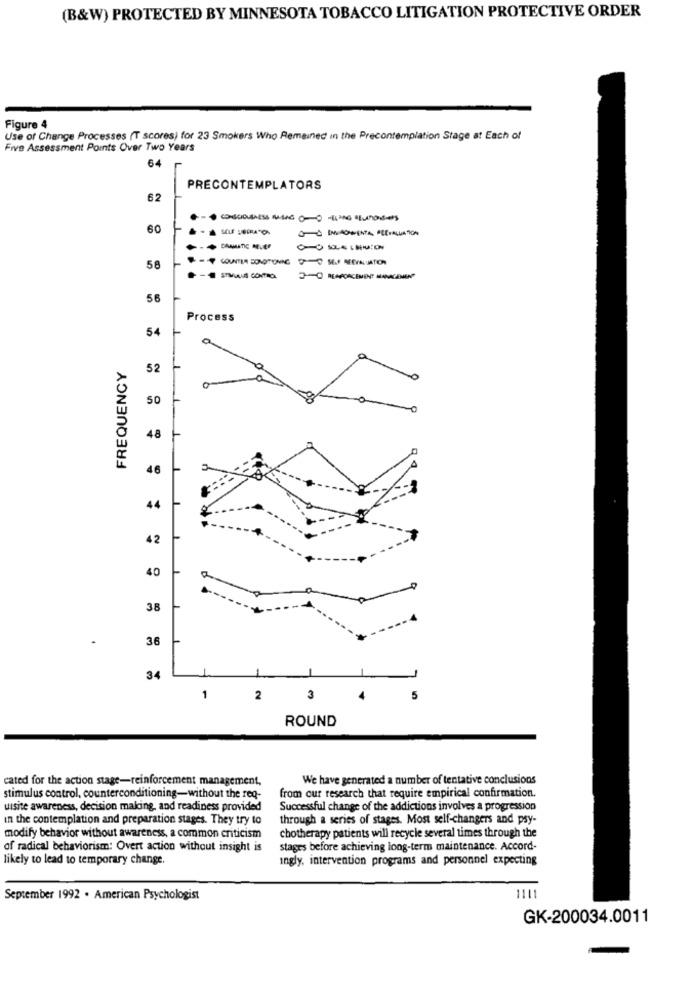
(B&W) PROTECTED BY MINNESOTA TOBACCO LITIGATION PROTECTIVE ORDER
Figure 4
Use of Change Processes (T scores) for 23 Smokers Who Remained in the Precontemplation Stage at Each of
Five Assessment Points Over Two Years
64
PRECONTEMPLATORS
62
60
SELF SOCRATON
COUNTER SONOTONICO SELF MEEVALUATION
58
STAVAUS CONTROL
2-OREAPORCEMENT LUNGENEN
56
Process
54
FREQUENCY
52
50
48
46
44
42
40
38
36
34
1
ROUND
cated for the action stage-reinforcement management,
We have generated a number of tentative conclusions
stimulus control, counterconditioning-without the req-
from our research that require empirical confirmation.
uisite awareness, decision making, and readiness provided
Successful change of the addictions involves a progression
in the contemplation and preparation stages. They try to
through a series of stages. Most self-changers and psy-
chotherapy patients will recycle several times through the
modify behavior without awareness, a common criticism
of radical behaviorism: Overt action without insight is
stages before achieving long-term maintenance. Accord-
likely to lead to temporary change.
Ingly, intervention programs and personnel expecting
September 1992 . American Psychologist
1111
GK-200034.0011